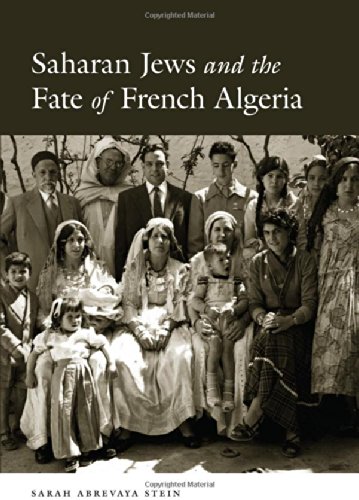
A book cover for Saharan Jews and the Fate of French Algeria; Sarah Abrevaya Stein; History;